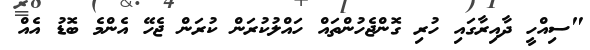
"ސިއްހީ ދާއިރާގައި ހުރި ގޮންޖެހުންތައް ހައްލުކުރަން ކުރަން ޖެހޭ އެންމެ ބޮޑު އެއް